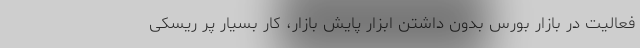
فعالیت در بازار بورس بدون داشتن ابزار پایش بازار، کار بسیار پر ریسکی